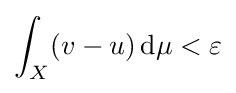
\int _{X}(v-u)\,\mathrm {d} \mu <\varepsilon